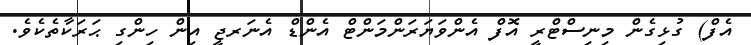
އެފް) ގުޅިގެން މިނިސްޓްރީ އޮފް އެންވަޔަރަންމަންޓް އެންޑް އެނަރޖީ އިން ހިންގި ޙަރަކާތެކެވެ.